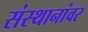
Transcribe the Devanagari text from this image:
संस्थानांवर